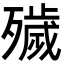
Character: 𣩪